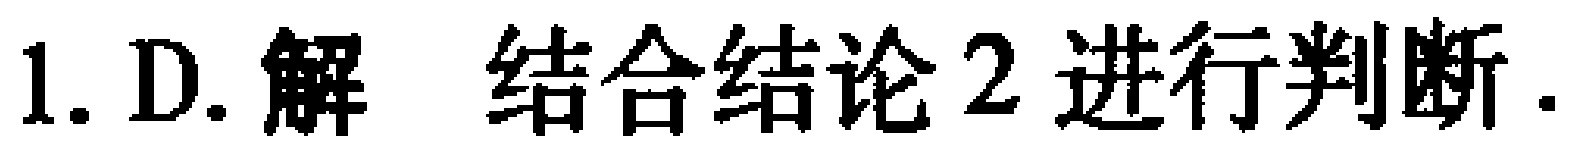
1. D. 解 结合结论2进行判断.